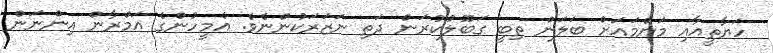
ހަޔާތީއާއި މަންމައަށް ބަލަން ތިބީ ގަބޫލުކުރަން ދަތި ނަޒަރަކުންނެވެ. އެމީހުންގެ އަމްރާން އިންނަން